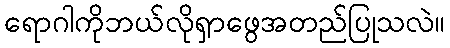
ရောဂါကိုဘယ်လိုရှာဖွေအတည်ပြုသလဲ။